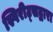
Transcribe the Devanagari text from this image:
स्पिरीट्सद्वारा